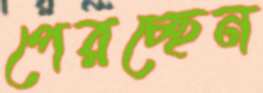
পেরচ্ছেন